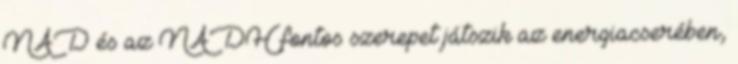
NAD és az NADH fontos szerepet játszik az energiacserében,